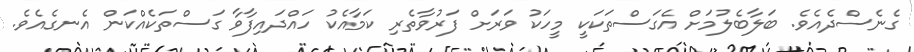
ގެނެސްދެއެވެ. ބަލާބެލުމަށް އެގަސްތަކަކީ މީހަކު ވަރަށް ފަރުވާތެރި ކަމާއެކު ހައްދައިފާވާ ގަސްތަކެއްކަން އެނގެއެވެ.